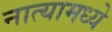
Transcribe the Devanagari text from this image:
नात्यामध्ये